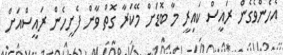
އެހެންވެގެން ރައީސް ކައިރީ މާ ބޮޑަށް މޭކަރާ ގޮތް ވާން ފެށީހެން ރައީސްއަށް